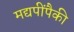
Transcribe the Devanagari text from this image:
मद्यपींपैकी